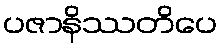
ပဇာနိဿတိပေ